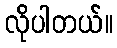
လိုပါတယ်။